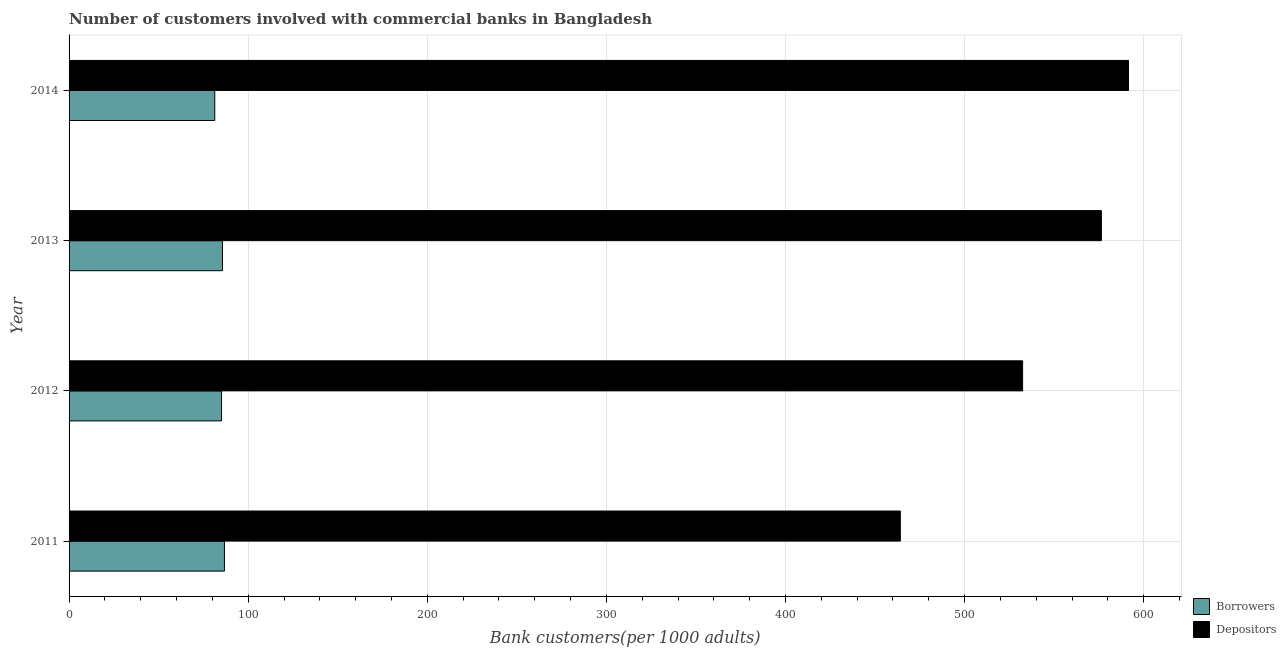
| Year | Borrowers | Depositors |
 | --- | --- | --- |
 | 2011 | 86.7 | 464 |
 | 2012 | 85.1 | 532 |
 | 2013 | 85.7 | 576 |
 | 2014 | 81.3 | 592 |